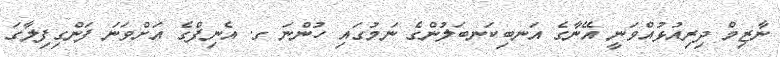
ނާޒިމް ދިރިއުޅުއްވަނީ އޭނާގެ އަނބިކަނބަލުންގެ ނަމުގައި ހުންނަ ގ. އެނިފްގެ އަށްވަަނަ ފަންގިފިލާގަ